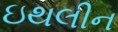
ઇથલીન